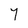
Character: 7